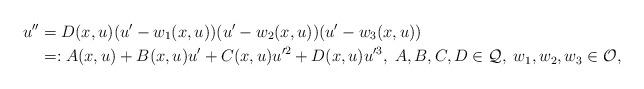
LaTeX: \begin{align*}u^{\prime\prime}&=D(x,u)(u^\prime-w_1(x,u))(u^\prime-w_2(x,u))(u^\prime-w_3(x,u))\\&=:A(x,u)+B(x,u)u^\prime+C(x,u)u^{\prime2}+D(x,u)u^{\prime3},\;A, B, C, D\in\mathcal Q,\;w_1,w_2,w_3\in\mathcal{O},\end{align*}